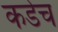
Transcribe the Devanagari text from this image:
कडेच